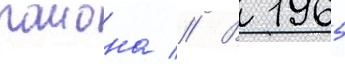
раиона // В 1965